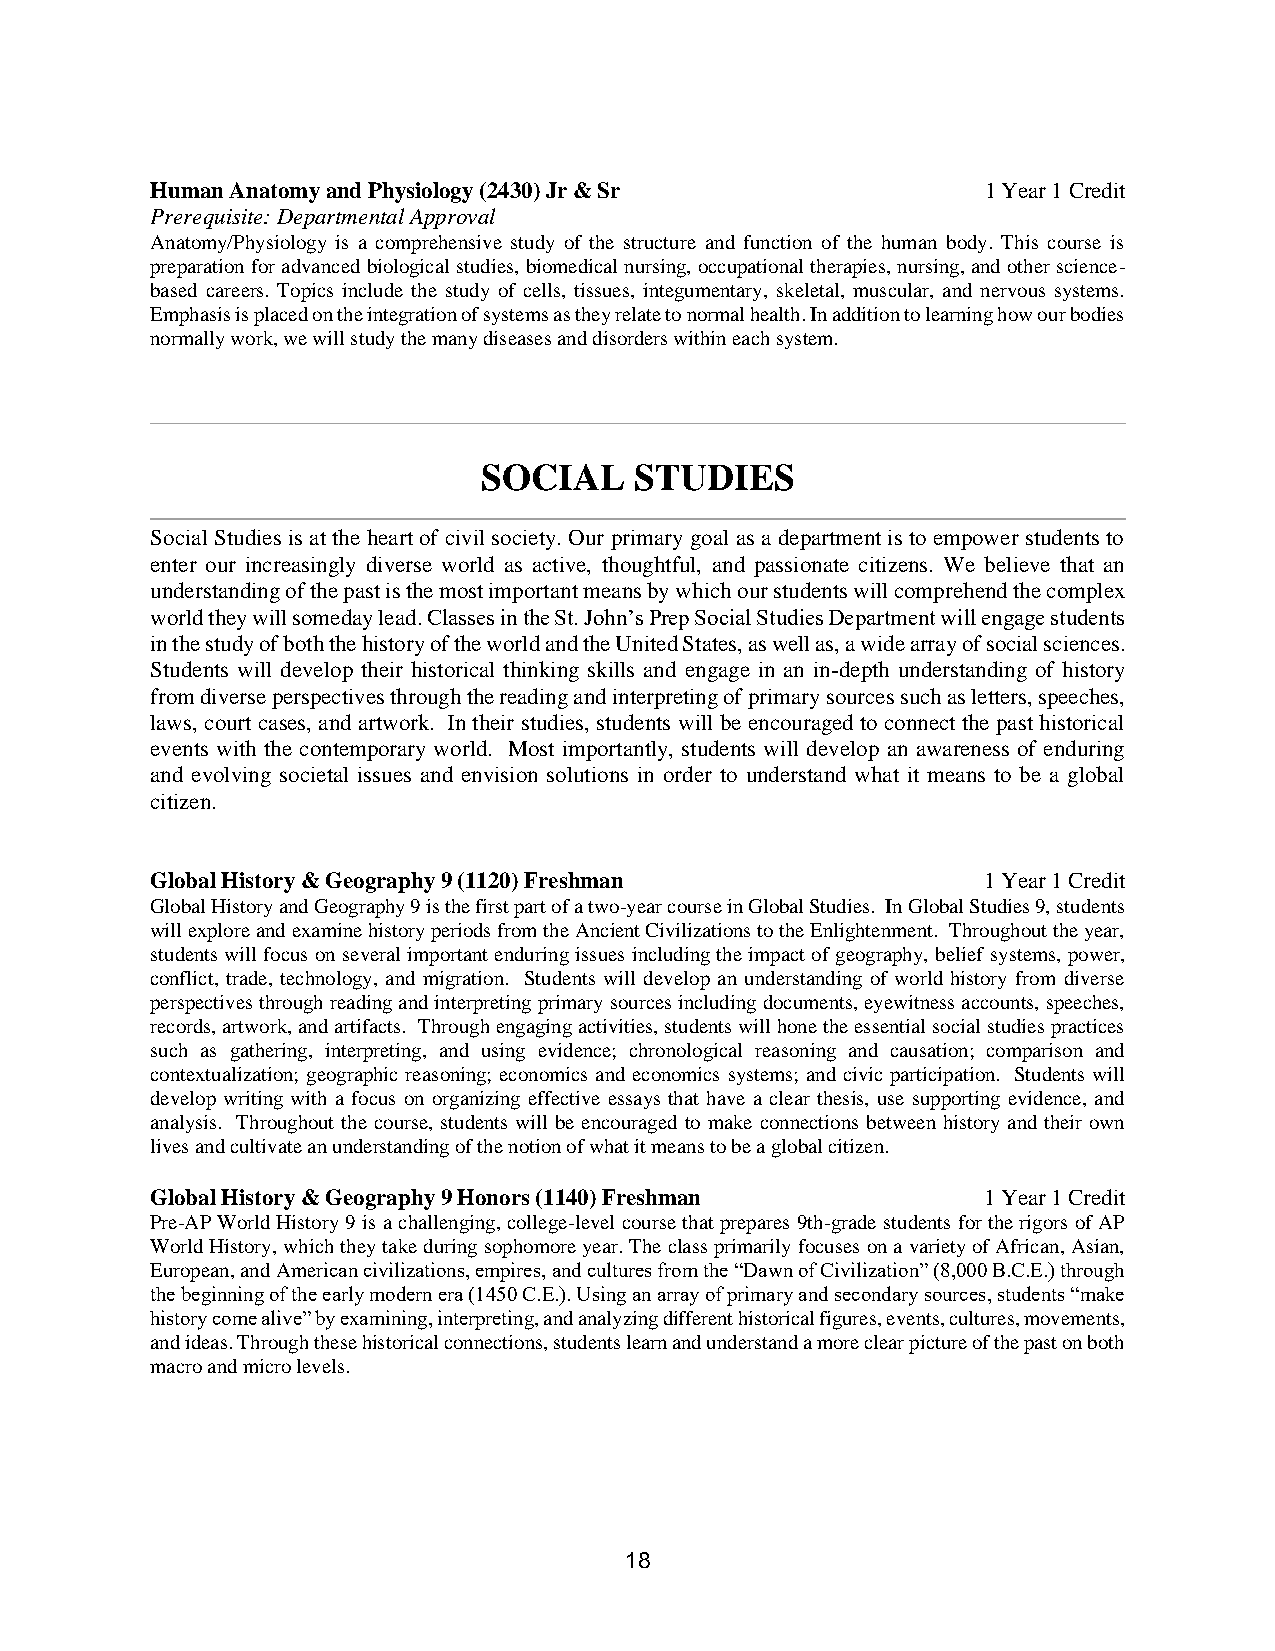
Human Anatomy and Physiology (2430) Jr & Sr            1 Year 1 Credit
 Prerequisite: Departmental Approval
 Anatomy/Physiology is a comprehensive study of the structure and function of the human body. This course is
 preparation for advanced biological studies, biomedical nursing, occupational therapies, nursing, and other science-
 based careers. Topics include the study of cells, tissues, integumentary, skeletal, muscular, and nervous systems.
 Emphasis is placed on the integration of systems as they relate to normal health. In addition to learning how our bodies
 normally work, we will study the many diseases and disorders within each system.
 SOCIAL    STUDIES
 Social Studies is at the heart of civil society. Our primary goal as a department is to empower students to
 enter our increasingly diverse world as active, thoughtful, and passionate citizens. We believe that an
 understanding of the past is the most important means by which our students will comprehend the complex
 world they will someday lead. Classes in the St. John’s Prep Social Studies Department will engage students
 in the study of both the history of the world and the United States, as well as, a wide array of social sciences.
 Students will develop their historical thinking skills and engage in an in-depth understanding of history
 from diverse perspectives through the reading and interpreting of primary sources such as letters, speeches,
 laws, court cases, and artwork. In their studies, students will be encouraged to connect the past historical
 events with the contemporary world. Most importantly, students will develop an awareness of enduring
 and evolving societal issues and envision solutions in order to understand what it means to be a global
 citizen.
 Global History & Geography 9 (1120) Freshman           1 Year 1 Credit
 Global History and Geography 9 is the first part of a two-year course in Global Studies. In Global Studies 9, students
 will explore and examine history periods from the Ancient Civilizations to the Enlightenment. Throughout the year,
 students will focus on several important enduring issues including the impact of geography, belief systems, power,
 conflict, trade, technology, and migration. Students will develop an understanding of world history from diverse
 perspectives through reading and interpreting primary sources including documents, eyewitness accounts, speeches,
 records, artwork, and artifacts. Through engaging activities, students will hone the essential social studies practices
 such as gathering, interpreting, and using evidence; chronological reasoning and causation; comparison and
 contextualization; geographic reasoning; economics and economics systems; and civic participation. Students will
 develop writing with a focus on organizing effective essays that have a clear thesis, use supporting evidence, and
 analysis. Throughout the course, students will be encouraged to make connections between history and their own
 lives and cultivate an understanding of the notion of what it means to be a global citizen.
 Global History & Geography 9 Honors (1140) Freshman    1 Year 1 Credit
 Pre-AP World History 9 is a challenging, college-level course that prepares 9th-grade students for the rigors of AP
 World History, which they take during sophomore year. The class primarily focuses on a variety of African, Asian,
 European, and American civilizations, empires, and cultures from the “Dawn of Civilization” (8,000 B.C.E.) through
 the beginning of the early modern era (1450 C.E.). Using an array of primary and secondary sources, students “make
 history come alive” by examining, interpreting, and analyzing different historical figures, events, cultures, movements,
 and ideas. Through these historical connections, students learn and understand a more clear picture of the past on both
 macro and micro levels.
 18